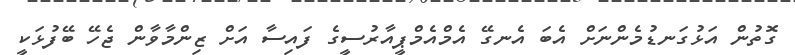
ގޮތުން އަޅުގަނޑުމެންނަށް އެބަ އެނގޭ އެމްއެމްޕީއާރުސީގެ ފައިސާ އަށް ޒިންމާވާން ޖެހޭ ބޭފުޅަކީ